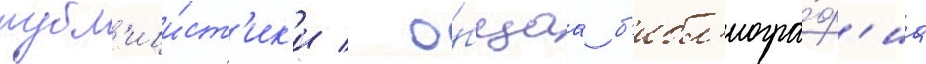
публ'ици́ст'ик'и / о́бщаа б'ибл'иогра́ф'иа